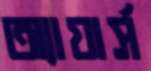
অ্যায়ার্স